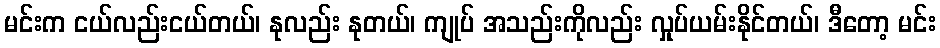
မင်းက ငယ်လည်းငယ်တယ်၊ နုလည်း နုတယ်၊ ကျုပ် အသည်းကိုလည်း လှုပ်ယမ်းနိုင်တယ်၊ ဒီတော့ မင်း